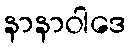
နာနာဝါဒေ